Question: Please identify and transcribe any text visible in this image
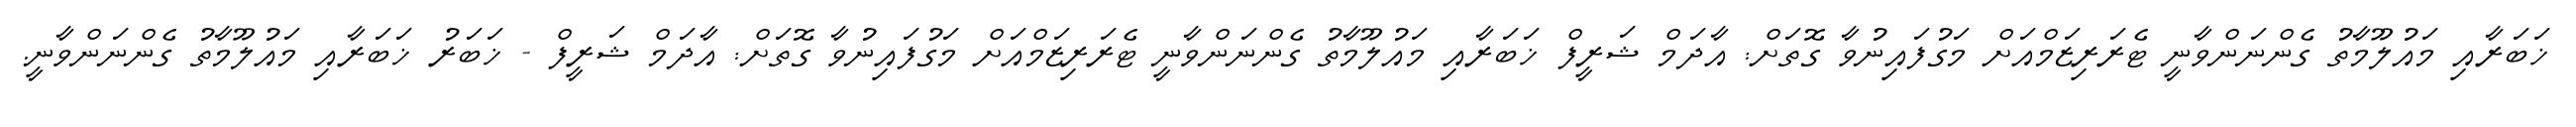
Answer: ޚަބަރާއި މައުލޫމާތު ގެންނަންވާނީ ޓެރަރިޒަމްއަށް މަގުފައިނުވާ ގޮތަށް: އާދަމް ޝަރީފް ޚަބަރާއި މައުލޫމާތު ގެންނަންވާނީ ޓެރަރިޒަމްއަށް މަގުފައިނުވާ ގޮތަށް: އާދަމް ޝަރީފް - ޚަބަރު ޚަބަރާއި މައުލޫމާތު ގެންނަންވާނީ.